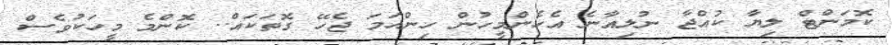
ކޮމަންޓް ލިޔާ ކުއްޖާ ނުލިއާނެ އެހެންމީހުން ހިންހަމަ ޖެހޭ ގޮތަކައް.. ކޮންމެ މީހަކުވެސް